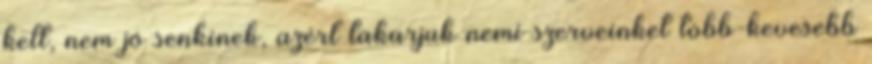
kelt, nem jó senkinek, azért takarjuk nemi szerveinket több-kevesebb